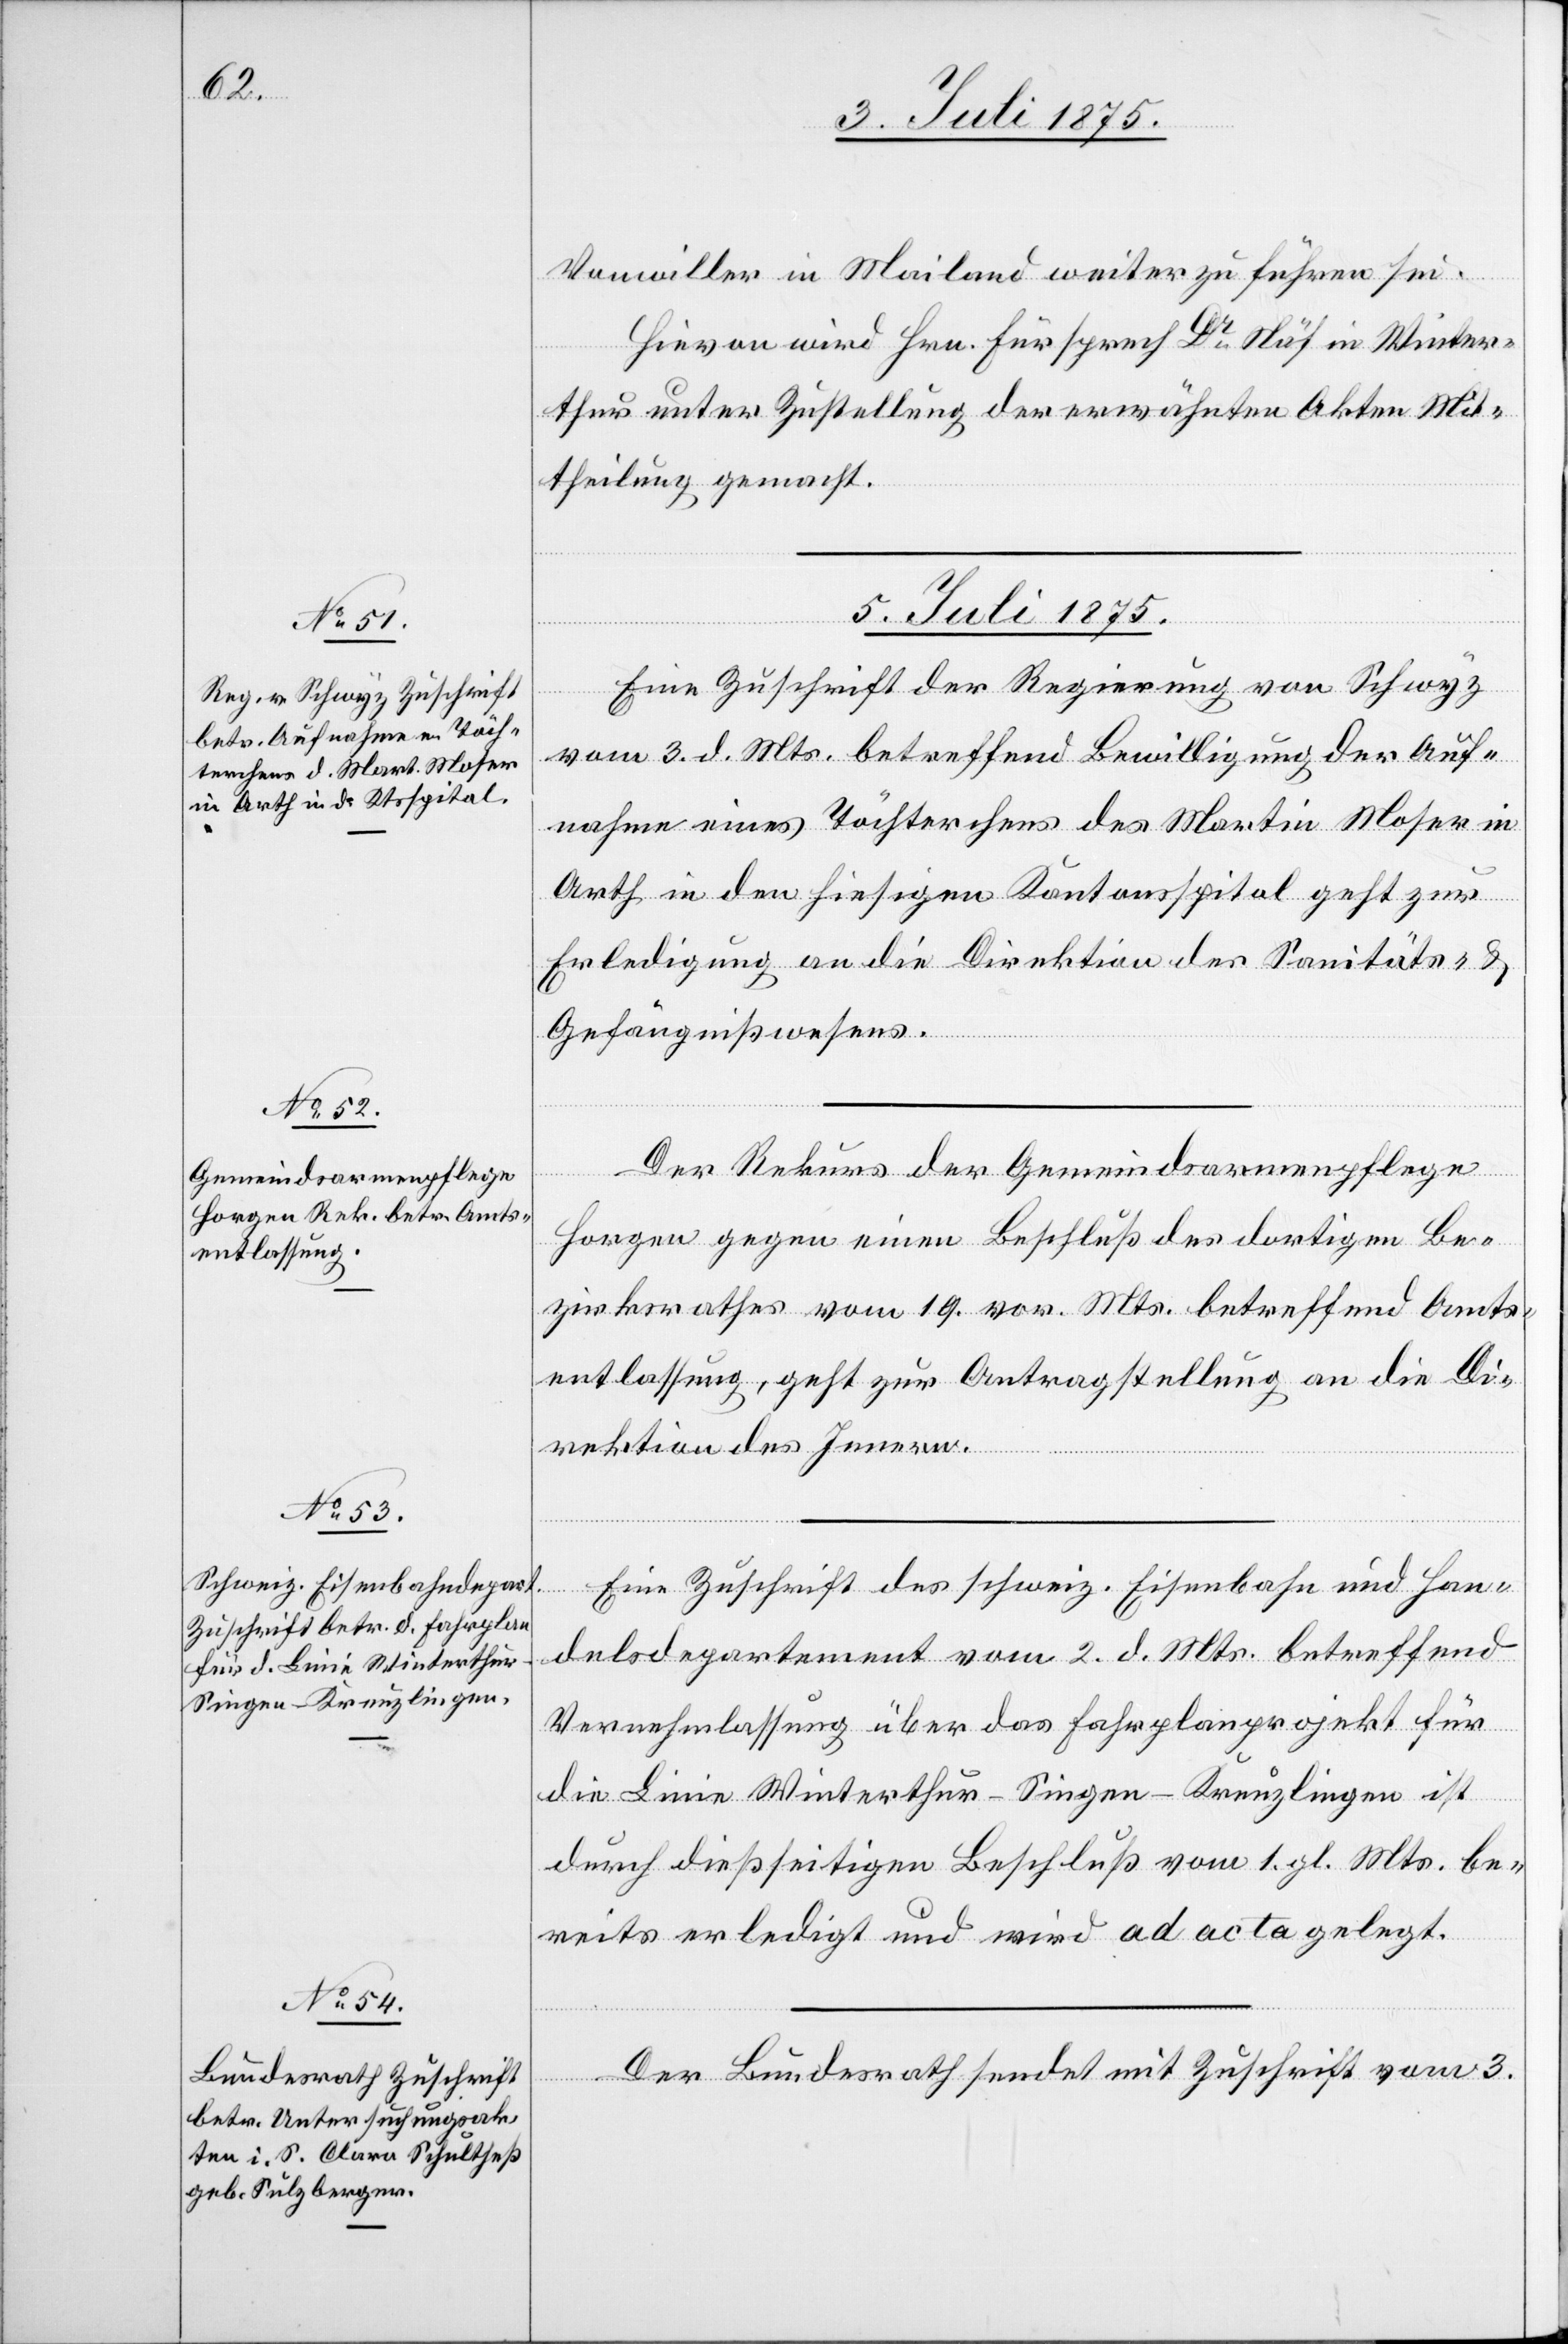
5. Juli 1875.]
Vonwiller in Mailand weiterzuführen sei.
Hievon wird Hrn. Fürsprech Dr Näf in Winter¬
thur unter Zustellung der erwähnten Akten Mit¬
theilung gemacht.
5. Juli 1875.
Eine Zuschrift der Regierung von Schwyz
vom 3. d. Mts. betreffend Bewilligung der Auf¬
nahme eines Töchterchens des Martin Moser in
Arth in den hiesigen Kantonsspital geht zur
Erledigung an die Direktion des Sanitäts- &
Gefängnißwesens.
Der Rekurs der Gemeindsarmenpflege
Horgen gegen eine Beschluß des dortigen Be¬
zirksrathes vom 19. vor. Mts. betreffend Amts¬
entlassung, geht zur Antragstellung an die Di¬
rektion des Innern.
Eine Zuschrift des schweiz. Eisenbahn- und Han¬
delsdepartement vom 2. d. Mts. betreffend
Vernehmlassung über das Fahrplanprojekt für
die Linie Winterthur–Singen–Kreuzlingen ist
durch dießseitigen Beschluß vom 1. gl. Mts. be¬
reits erledigt und wird ad acta gelegt.
Der Bundesrath sendet mit Zuschrift vom 3.